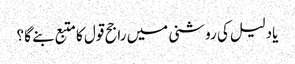
یادلیل کی روشنی میں راجح قول کا متبع بنے گا ؟